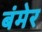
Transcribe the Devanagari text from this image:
बंमेर